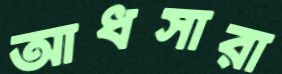
আধসারা